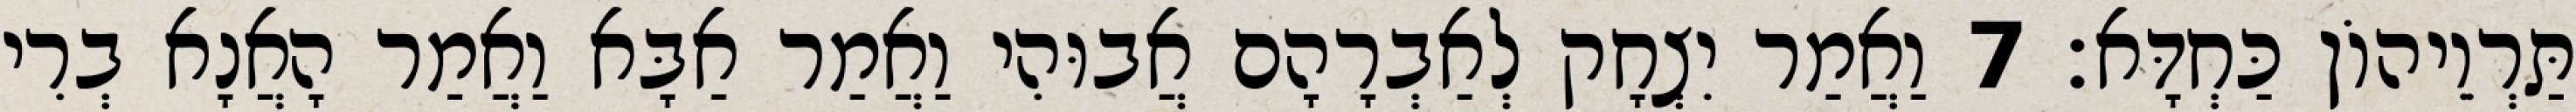
תַּרְוֵיהוֹן כַּחְדָּא׃ 7 וַאֲמַר יִצְחָק לְאַבְרָהָם אֲבוּהִי וַאֲמַר אַבָּא וַאֲמַר הָאֲנָא בְרִי